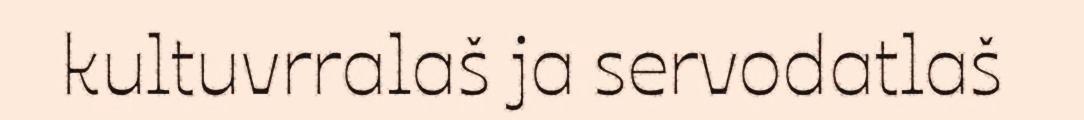
kultuvrralaš ja servodatlaš